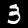
Label: 3